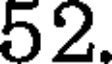
52.